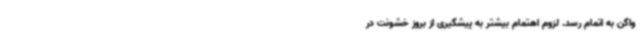
واگن به اتمام رسد. لزوم اهتمام بیشتر به پیشگیری از بروز خشونت در